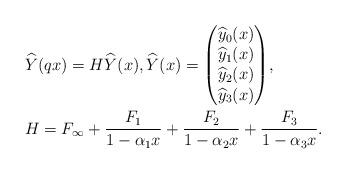
LaTeX: \begin{align*}& \widehat{Y}(qx) = H \widehat{Y}(x), \widehat{Y}(x) = \begin{pmatrix} \widehat{y}_0(x) \\ \widehat{y}_1(x) \\ \widehat{y}_2(x) \\ \widehat{y}_3(x) \end{pmatrix}\!,\\&H = F_{\infty}+ \frac{F_1}{1-\alpha_1 x}+ \frac{F_2}{1-\alpha_2 x}+ \frac{F_3}{1-\alpha_3 x} .\end{align*}